Leaving Certificate Examination, 1912
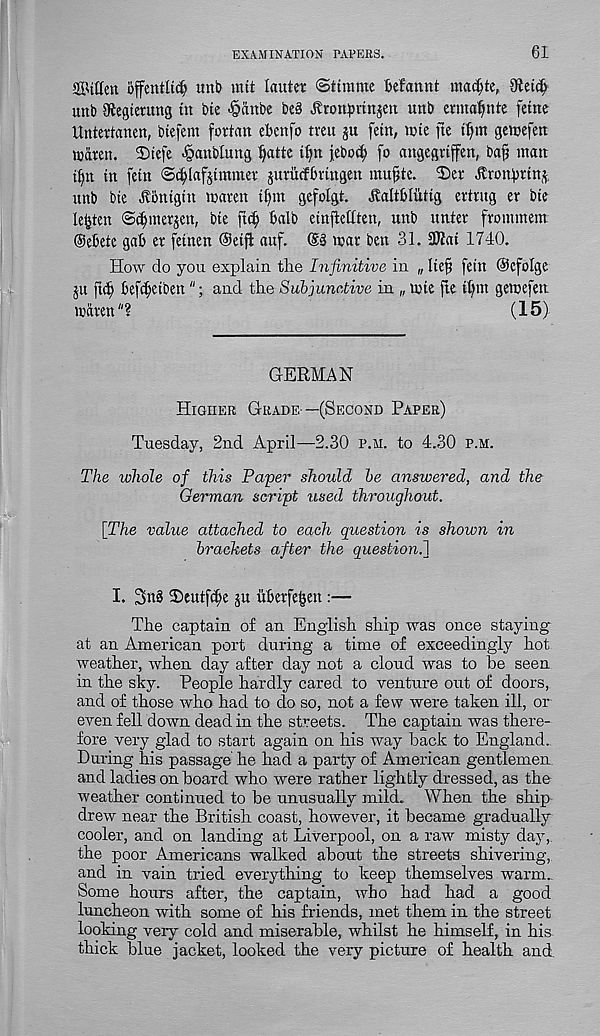
EXAMINATION PAPERS.
61
ffitlfett offentU$ unb mtt lauter ©tintme Mannt ma$te,
unb giegtemtig tn tie ^attbe be§ ^ron^vtitjett unb enna^nte fetne
Untertanen, btefem fortan ebettfo tveu ju fetn, tote fte tf)m geicefen
ip are n. 2)tefe Jpanbluttg f)atte t§n jeboct; fo angegrtffen, bafj matt
t^n in fetn ©djlafjtmmet jurucfbvtngen mufjte. 2)er Urott^rtn^.
unb bte ^onigtn maren tf)m gefolgt. ItattbUUtg ertrug er bte
lenten ©^merjen, bte fic^ balb etnfiettten, unb unter frommem
Oebete gab er fetnen Oetfl auf. @3 mar ben 31. 2ftat 1740.
How do you explain the Infinitive in „ lief fetn ©cfolge
$u fief kfcfetbettand the Subjunctive in ,, tpte fte itpn getnefeu
mdren"?
(15)
GERMAN
Higher Grade —(Second Paper)
Tuesday, 2nd April—2.30 p.h. to 4.30 p.m.
The whole of this Paper should be answered, and the
German script used throughout.
[The value attached to each question is shown in
brackets after the question!]
I. 3n3 2)eutfd;e ju iiberfe^en:—
The captain of an English ship was once staying
at an American port during a time of exceedingly hot
weather, when day after day not a cloud was to he seen
in the sky. People hardly cared to venture out of doors,
and of those who had to do so, not a few were taken ill, or
even fell down dead in the streets. The captain was there-
fore very glad to start again on his way hack to England.
During his passage he had a party of American gentlemen
and ladies onboard who were rather lightly dressed, as the
weather continued to be unusually mild. When the ship
drew near the British coast, however, it became gradually
cooler, and on landing at Liverpool, on a raw misty day,
the poor Americans walked about the streets shivering,
and in vain tried everything to keep themselves warm..
Some hours after, the captain, who had had a good
luncheon with some of his friends, met them in the street
looking very cold and miserable, whilst he himself, in his
thick blue jacket, looked the very picture of health and.